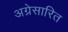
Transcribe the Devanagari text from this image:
अग्रेसारित